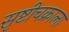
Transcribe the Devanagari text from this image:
सृष्टीचक्राला